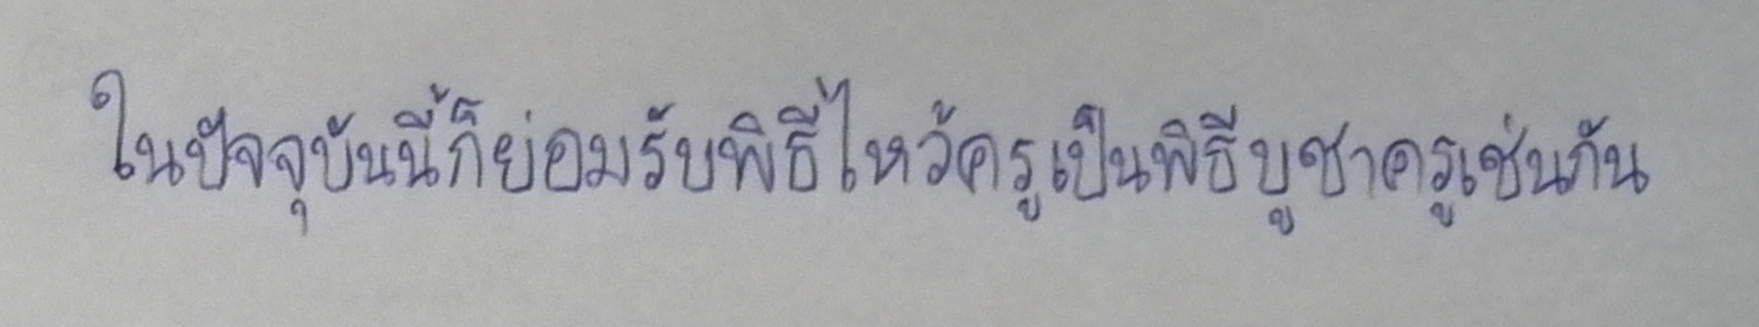
ในปัจจุบันนี้ก็ย่อมรับพิธีไหว้ครูเป็นพิธีบูชาครูเช่นกัน